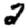
Digit: 2